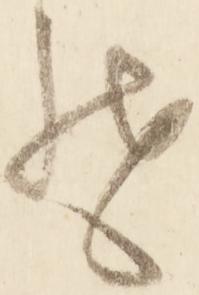
そ